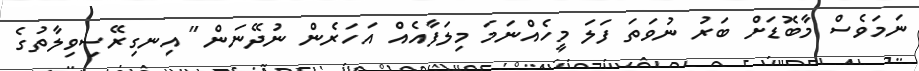
ނަމަވެސް މާބޮޑަށް ބަރު ނުވަތަ ފަލަ މީހެއްނަމަ މިލަފާއެއް އަހަރެން ނުދޭނަން" އިނގިރޭސިވިލާތުގެ